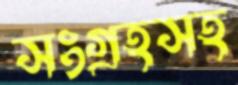
সংগ্রহসহ